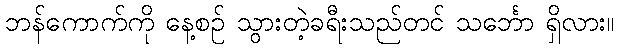
ဘန်ကောက်ကို နေ့စဉ် သွားတဲ့ခရီးသည်တင် သင်္ဘော ရှိလား။